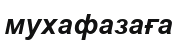
мухафазаға